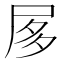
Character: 㞔